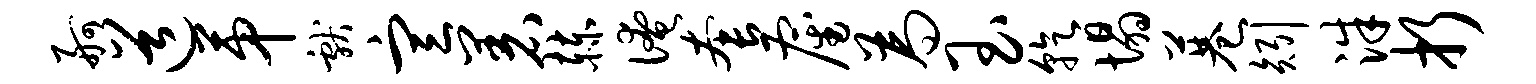
舸道第献宣着赫淹套雇为玉乾塌巷矧洙折